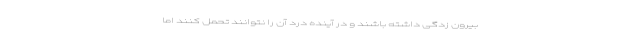
بیرون زدگی داشته باشند و در آینده درد آن را نتوانند تحمل کنند اما